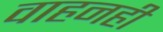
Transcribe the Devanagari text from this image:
वाहनही